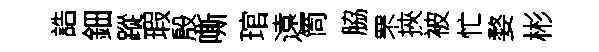
誥鈿蹤瑕殷嘶琯遠筒脇罘挾被忙婺彬